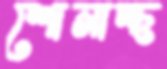
শোনাচ্ছ